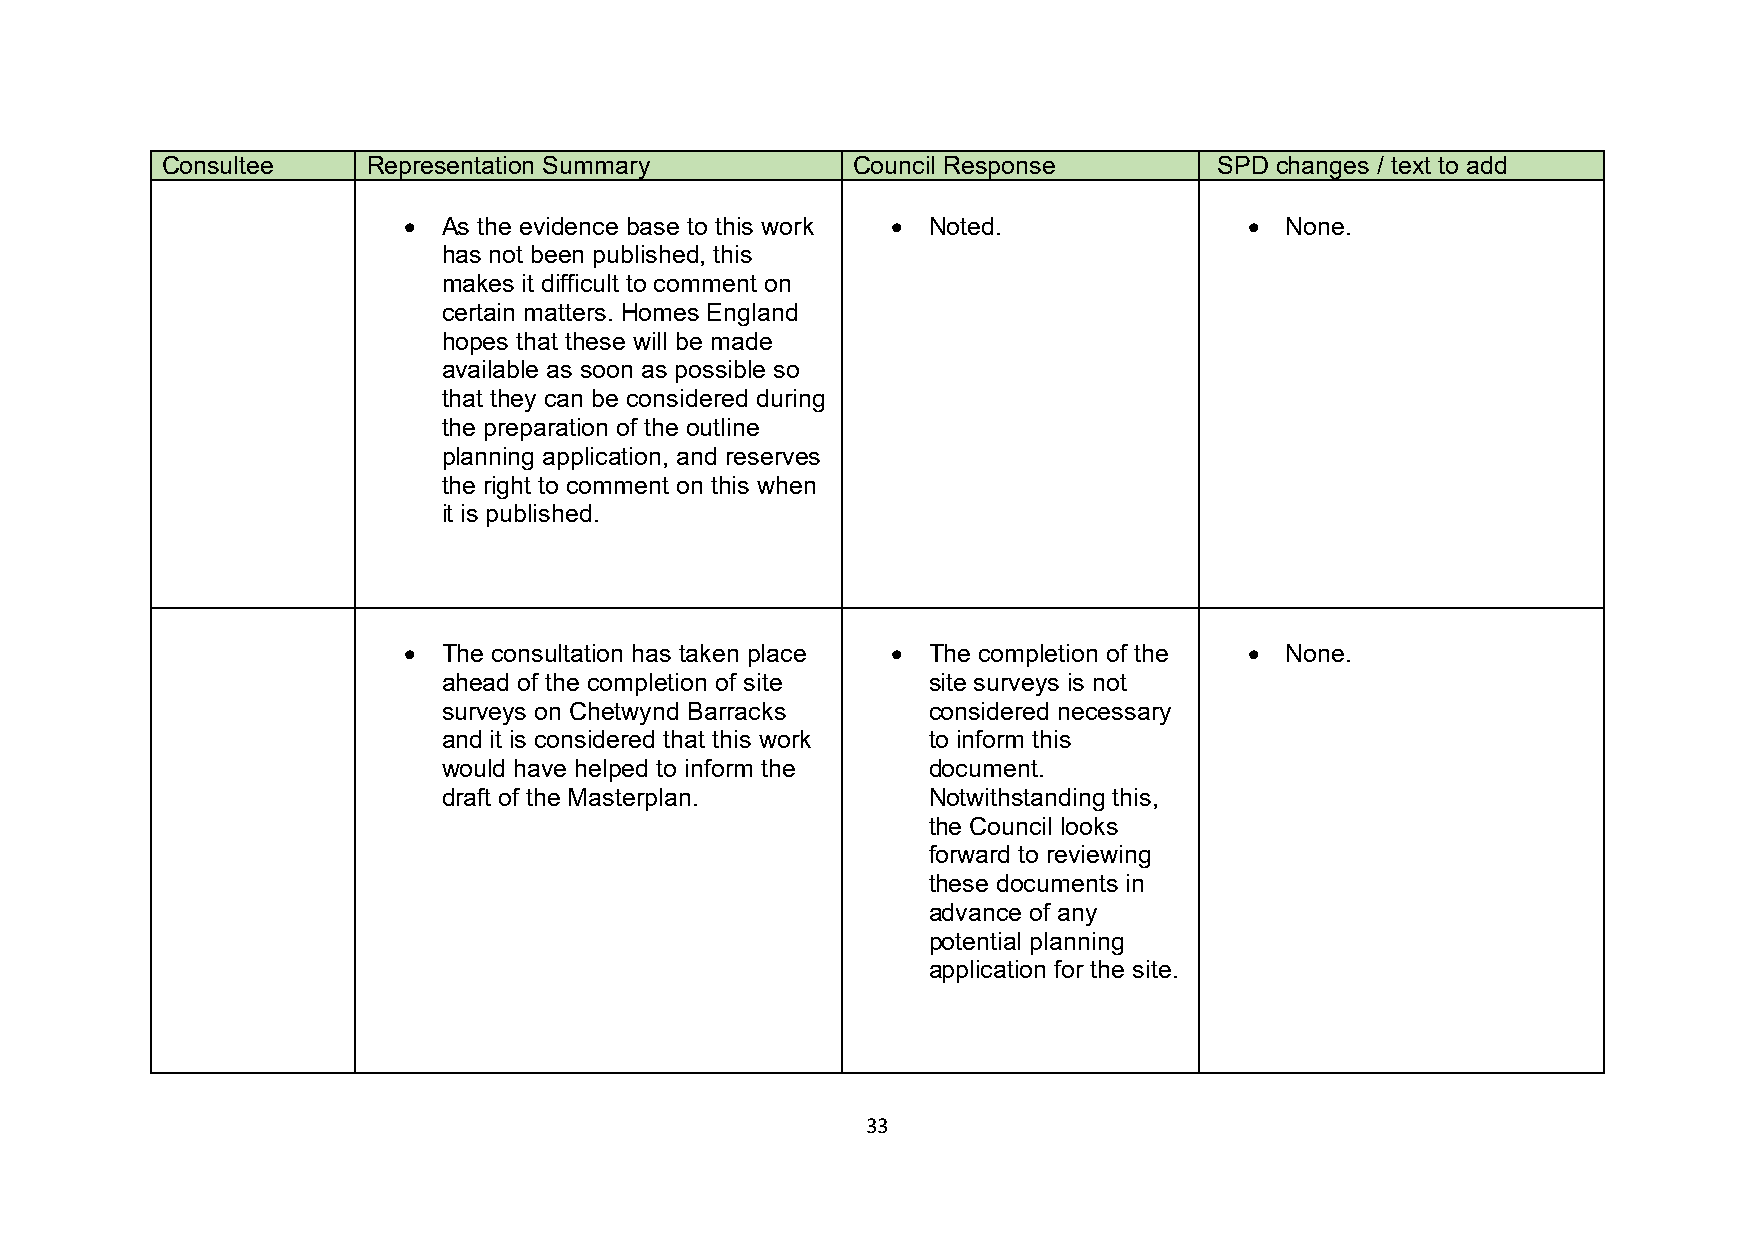
Consultee    Representation Summary          Council Response         SPD changes / text to add
 • As the evidence base to this work • Noted.            • None.
 has not been published, this
 makes it difficult to comment on
 certain matters. Homes England
 hopes that these will be made
 available as soon as possible so
 that they can be considered during
 the preparation of the outline
 planning application, and reserves
 the right to comment on this when
 it is published.
 • The consultation has taken place • The completion of the • None.
 ahead of the completion of site site surveys is not
 surveys on Chetwynd Barracks    considered necessary
 and it is considered that this work to inform this
 would have helped to inform the document.
 draft of the Masterplan.        Notwithstanding this,
 the Council looks
 forward to reviewing
 these documents in
 advance of any
 potential planning
 application for the site.
 33